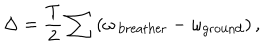
\Delta = \frac { T } { 2 } \sum \left( \omega _ { \mathrm { \, b r e a t h e r } } - \omega _ { \mathrm { g r o u n d } } \right) ,